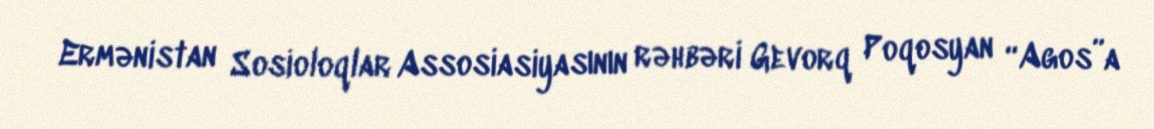
Ermənistan Sosioloqlar Assosiasiyasının rəhbəri Gevorq Poqosyan “Agos”a